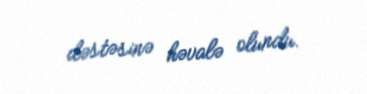
dəstəsinə həvalə olundu.